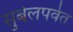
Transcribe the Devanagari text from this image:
सुबेलपर्वत